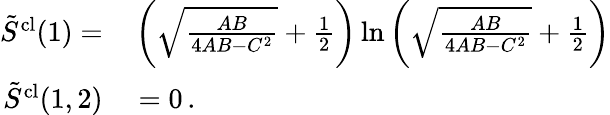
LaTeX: \begin{array}{rl}{\tilde{S}^{\mathrm{cl}}(1)=}&{{}\left(\sqrt{\frac{AB}{4AB-C^{2}}}+\frac{1}{2}\right)\ln\left(\sqrt{\frac{AB}{4AB-C^{2}}}+\frac{1}{2}\right)}\\ {\tilde{S}^{\mathrm{cl}}(1,2)}&{{}=0\, .}\end{array}